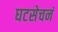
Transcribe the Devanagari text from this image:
घटसेचनं